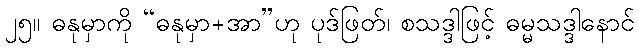
၂၅။ ဓနုမှာကို “ဓနုမှာ+အာ”ဟု ပုဒ်ဖြတ်၊ စသဒ္ဒါဖြင့် ဓမ္မသဒ္ဒါနောင်